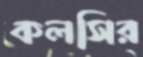
কলসির